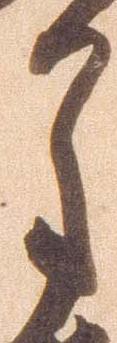
月